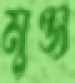
মুঞ্জ